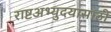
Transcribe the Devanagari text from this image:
राष्टअभ्युदयासाठी